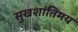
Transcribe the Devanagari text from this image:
सुखशांतिमय